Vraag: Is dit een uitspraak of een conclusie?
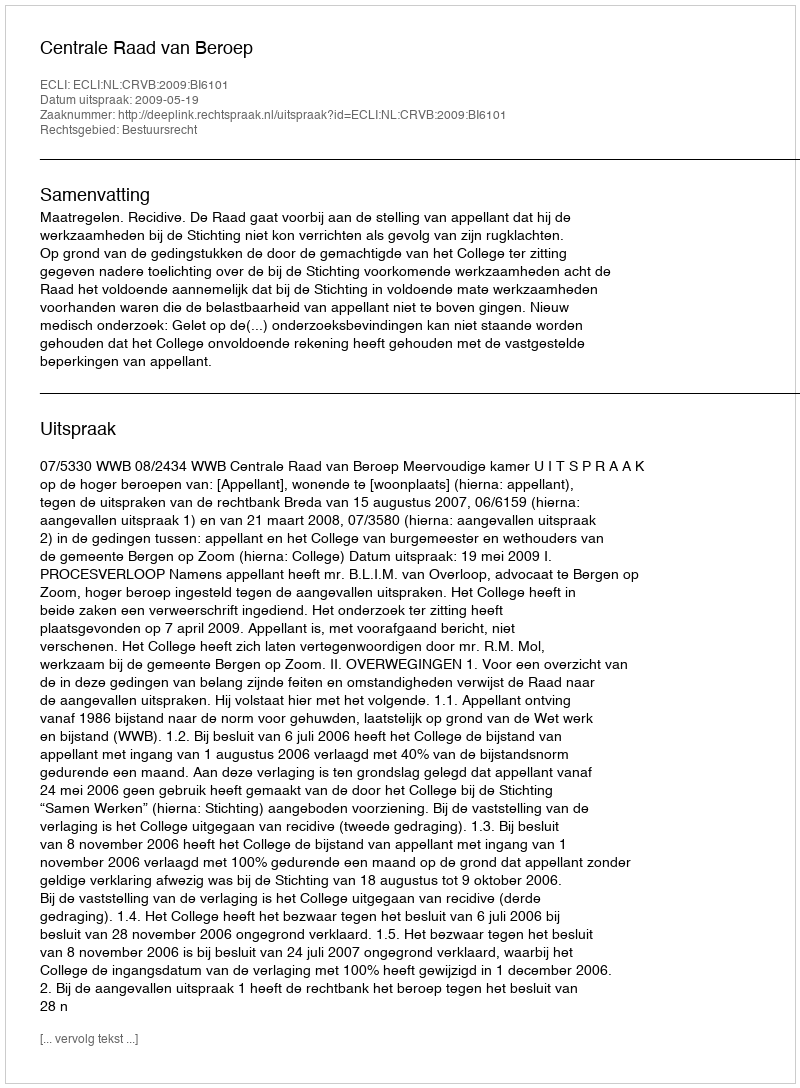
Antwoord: Uitspraak